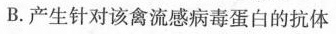
B.产生针对该禽流感病毒蛋白的抗体